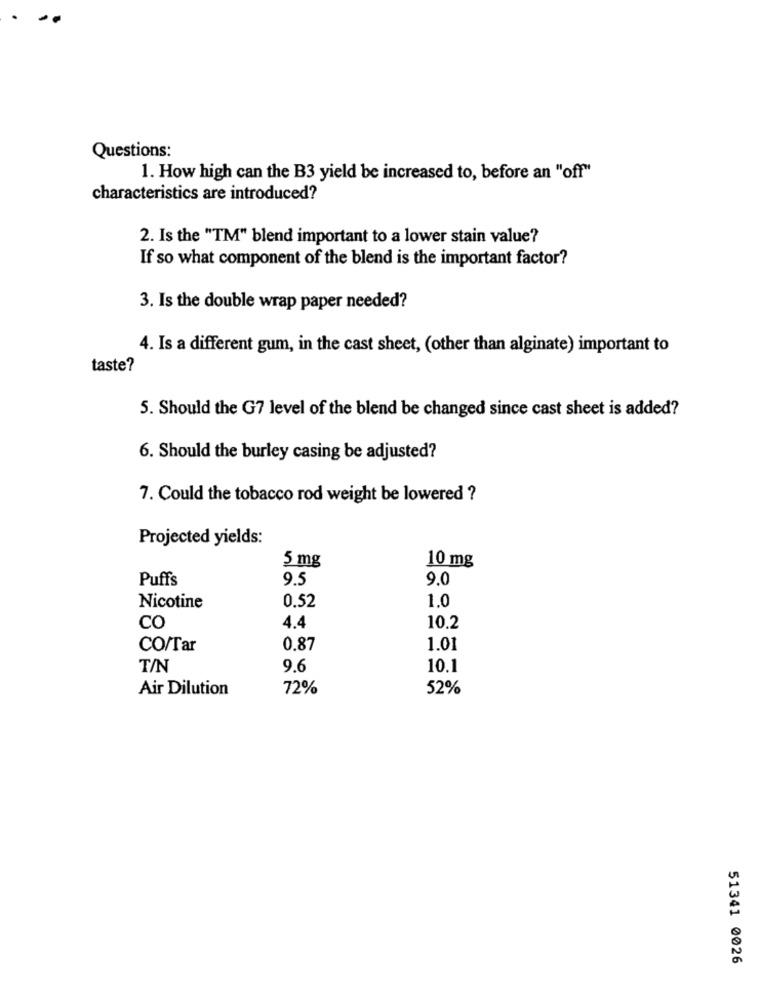
Questions:
1. How high can the B3 yield be increased to, before an "off"
characteristics are introduced?
2. Is the "TM" blend important to a lower stain value?
If so what component of the blend is the important factor?
3. Is the double wrap paper needed?
4. Is a different gum, in the cast sheet, (other than alginate) important to
taste?
5. Should the G7 level of the blend be changed since cast sheet is added?
6. Should the burley casing be adjusted?
7. Could the tobacco rod weight be lowered ?
Projected yields:
5 mg
10 mg
Puffs
9.5
9.0
Nicotine
0.52
1.0
CO
4.4
10.2
CO/Tar
0.87
1.01
T/N
9.6
10.1
Air Dilution
72%
52%
51341 0026